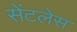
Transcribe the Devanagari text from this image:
सेंटलेस